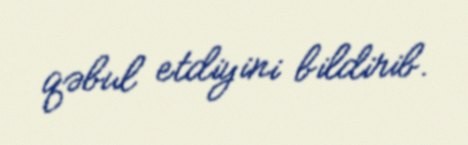
qəbul etdiyini bildirib.